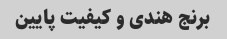
برنج هندی و کیفیت پایین